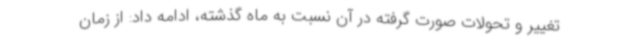
تغییر و تحولات صورت گرفته در آن نسبت به ماه گذشته، ادامه داد: از زمان